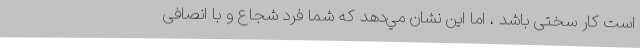
است کار سختی باشد ، اما این نشان مي‌دهد که شما فرد شجاع و با انصافی